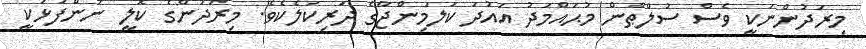
މިރަދުންނަކީ ވެސް ސުލްޠާން މުޙައްމަދު އައުދަ ކަލަމިންޖާގެ ދަރިކަލެކެވެ. މިރަދުންގެ ކޮލީ ނަންފުޅަކީ